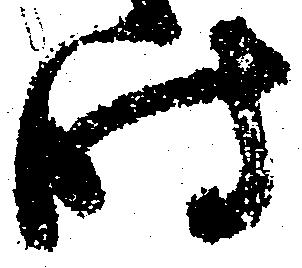
時